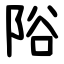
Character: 䧍